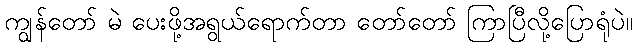
ကျွန်တော် မဲ ပေးဖို့အရွယ်ရောက်တာ တော်တော် ကြာပြီလို့ပြောရုံပဲ။